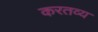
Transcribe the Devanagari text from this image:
करतव्य